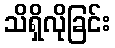
သိရှိလိုခြင်း